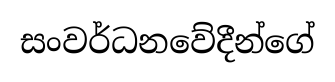
සංවර්ධනවේදීන්ගේ